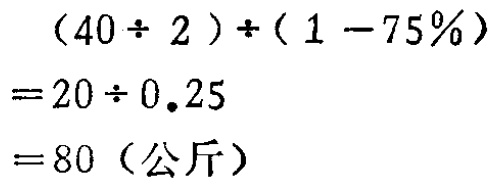
\[(40\div 2)\div(1 - 75\%)\\

=20\div 0.25\\

=80 (\text{公斤})\]